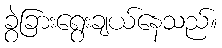
ခွဲခြားရွေးချယ်နေသည်။